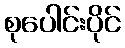
စုပေါင်းပိုင်